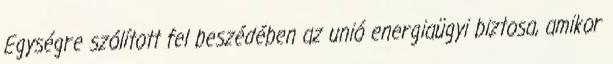
Egységre szólított fel beszédében az unió energiaügyi biztosa, amikor